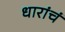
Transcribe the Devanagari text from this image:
धारांचं